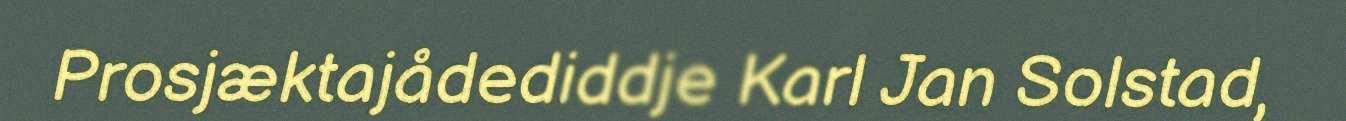
Prosjæktajådediddje Karl Jan Solstad,